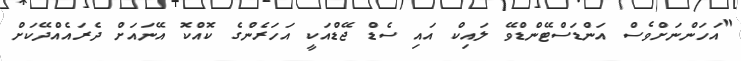
"އަހަންނަށްވެސް އަންޑަސްޓޭންޑްވޭ ލައިކް އައި ސެޑް ޖޭޑްއަކީ އަހަރެންގެ ކޮއްކޮ އޭނައަށް ދެރައެއްދޭކަށް